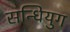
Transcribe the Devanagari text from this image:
सन्धियुग